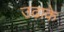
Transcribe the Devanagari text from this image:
उढ़ाके